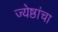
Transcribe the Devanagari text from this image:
ज्येष्ठांचा